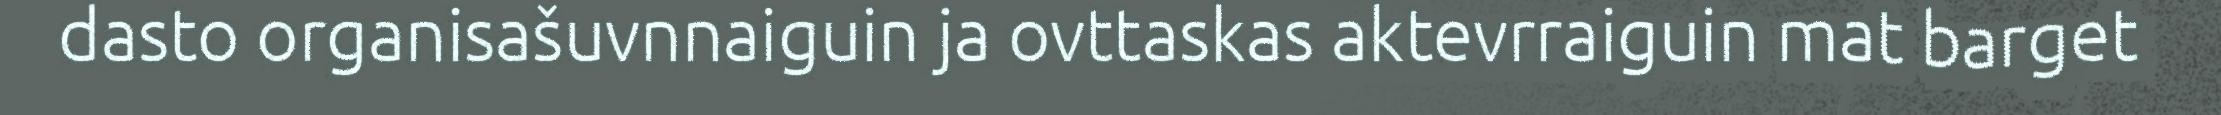
dasto organisašuvnnaiguin ja ovttaskas aktevrraiguin mat barget